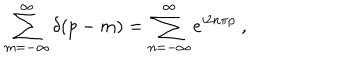
\sum _ { m = - \infty } ^ { \infty } \delta \! \left( p - m \right) = \sum _ { n = - \infty } ^ { \infty } e ^ { i 2 n \pi p } \ ,